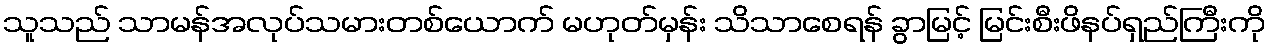
သူသည် သာမန်အလုပ်သမားတစ်ယောက် မဟုတ်မှန်း သိသာစေရန် ခွာမြင့် မြင်းစီးဖိနပ်ရှည်ကြီးကို